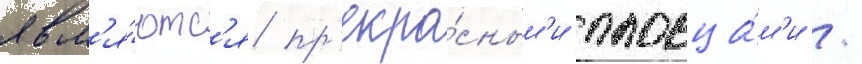
явл'я́ютс'я пр'екра́сным'и пловца́м'и /